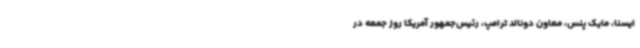
ایسنا، مایک پنس، معاون دونالد ترامپ، رئیس‌جمهور آمریکا روز جمعه در